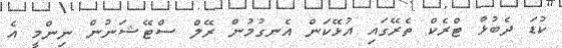
ކުޑަ ދެބުޅާ ޓްރެކް ތެރޭގައި އުޅޭކަން އެނގުމުން ރޭލް ސްޓޭޝަނުން ނިންމީ އެ